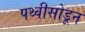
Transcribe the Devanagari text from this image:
पथ्वीसोडून